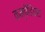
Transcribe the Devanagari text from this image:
कम्पेंडियस